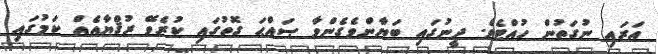
އަރައި ނުގަތުން ހުއްޓެވެ. ދީނުގައި ބަޔާންވެގެންވާ ޞައްޙަ ގޮތުގައި ކުރެވޭ ރުޤްޔާއެއް ކަމުގައި